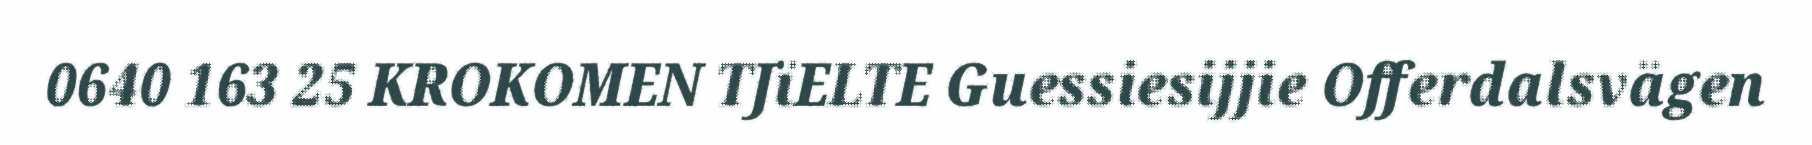
0640 163 25 KROKOMEN TJïELTE Guessiesijjie Offerdalsvägen